Report on vaccination in Madras 1904-1921 - 1904-1921
Year: 1904
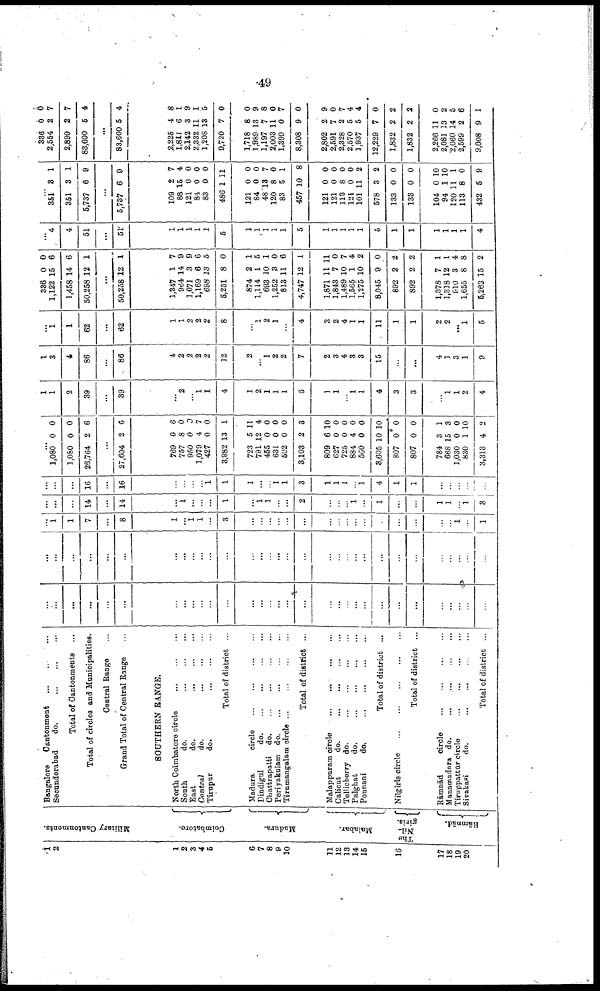
49
1
2
1
2
3
4
5
6
7
8
9
10
11
12
13
14
16
16
17
18
19
20
Military Cantonments.
Coimbatore.
Madura.
Malabar.
The
Nil¬
giris.
Rāmnād.
Bangalore
Cantonment ... ... ...
Secunderabad
do. ... ... ...
Total of Cantonments ...
Total of circles and Municipalities.
Central Range ...
Grand Total of Central Range ...
SOUTHERN RANGE.
North Coimbatore circle
...
...
...
Sonth
do.
...
...
...
East
do.
...
...
...
Central
do.
...
...
...
Tirupur
do.
...
...
...
Total of district ...
Madura
circle
...
...
...
...
Dindigul
do. ... ... ... ...
Chattrapatti
do. ... ... ... ...
Periyakulam
do. ... ... ... ...
Tirumangalam circle ...
...
...
...
Total of district ...
Malappuram circle
...
...
...
...
Calicut
do.
...
...
...
...
Tellicherry do.
...
...
...
...
Palghat
do.
...
...
...
...
Ponnani
do.
...
...
...
...
Total of district ...
Nilgiris circle
...
...
...
...
...
Total of district ...
Rāmnād
circle
...
...
...
...
Manamadura do.
...
...
...
...
Tiruppattūr circle
...
...
...
...
Sivakasi
do.
...
...
...
...
Total of district ...
...
...
...
...
...
...
...
...
...
...
...
...
...
...
...
...
...
...
...
...
...
...
...
...
...
...
...
...
...
...
...
...
...
...
...
...
...
...
...
...
...
...
...
...
...
...
...
...
...
...
...
...
...
...
...
...
...
...
...
...
...
...
...
1
1
7
...
8
1
...
1
1
...
3
...
...
...
...
...
...
...
...
...
...
...
...
...
...
...
...
1
...
1
...
...
...
14
...
14
...
1
...
...
...
1
...
1
1
...
...
2
...
...
...
1
...
1
...
...
1
1
...
1
3
...
...
...
16
...
16
...
...
...
...
1
1
1
...
...
1
1
3
1
1
1
...
1
4
1
1
...
...
...
...
...
...
1,080
1,080
26,764
0
0
2
0
0
6
...
27,604 2 6
769
757
950
1,079
427
3,982
723
791
455
631
502
3,103
809
627
725
884
560
3,605
807
807
784
668
1,030
830
3,313
0
8
0
4
0
13
5
12
0
0
0
2
6
0
0
4
0
10
0
0
3
15
0
1
4
6
0
0
7
0
1
11
4
0
0
0
3
10
0
0
0
0
10
0
0
1
3
0
10
2
1
1
2
39
...
39
...
2
...
1
1
4
1
2
1
1
1
6
1
1
...
1
1
4
3
3
...
1
1
2
4
1
3
4
86
...
86
4
2
2
2
2
12
2
...
1
2
2
7
2
3
4
3
3
15
...
...
4
1
3
1
9
...
1
1
62
...
62
1
1
2
2
2
8
...
1
2
1
...
4
3
2
4
1
1
11
1
1
2
2
...
1
5
336
1,122
1,458
50,258
0
15
14
12
0
6
6
1
...
50,258 12 1
1,347
964
1,071
1,169
698
5,251
874
1,114
693
1,252
813
4,747
1,871
1,843
1,489
1,565
1,275
8,045
892
892
1,378
1,318
910
1,655
5,262
1
14
3
6
13
8
2
1
10
3
11
12
11
7
10
1
10
9
2
2
7
12
3
8
15
7
9
9
6
5
0
1
5
1
0
6
1
11
0
7
4
2
0
2
2
1
1
4
8
2
...
4
4
51
...
51
1
1
1
1
1
5
1
1
1
1
1
5
1
1
1
1
1
5
1
1
1
1
1
1
4
...
351
351
5,737
3
3
6
1
1
9
...
5,737 6 9
109
88
121
84
83
486
121
84
48
120
83
457
121
121
113
121
101
578
133
133
104
94
120
113
432
2
15
0
0
0
1
0
0
13
8
5
10
0
0
8
0
11
3
0
0
0
1
11
8
5
7
4
0
0
0
11
0
0
7
0
1
8
0
0
0
0
2
2
0
0
10
10
1
0
9
336
2,554
2,890
83,600
0
2
2
5
0
7
7
4
...
83,600 5 4
2,225
1,811
2,142
2,332
1,208
9,720
1,718
1,989
1,197
2,003
1,399
8,308
2,802
2,591
2,328
2,570
1,937
12,229
1,832
1,832
2,266
2,081
2,060
2,599
9,008
4
6
3
11
13
7
8
13
7
11
0
9
2
7
2
5
5
7
2
2
11
13
14
2
9
8
1
9
1
5
0
0
9
8
0
7
0
9
0
7
4
4
0
2
2
0
2
5
6
1